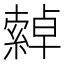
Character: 𦅕